Lunatic asylums in Bengal annual reports 1888-1898 - 1888-1898
Year: 1888
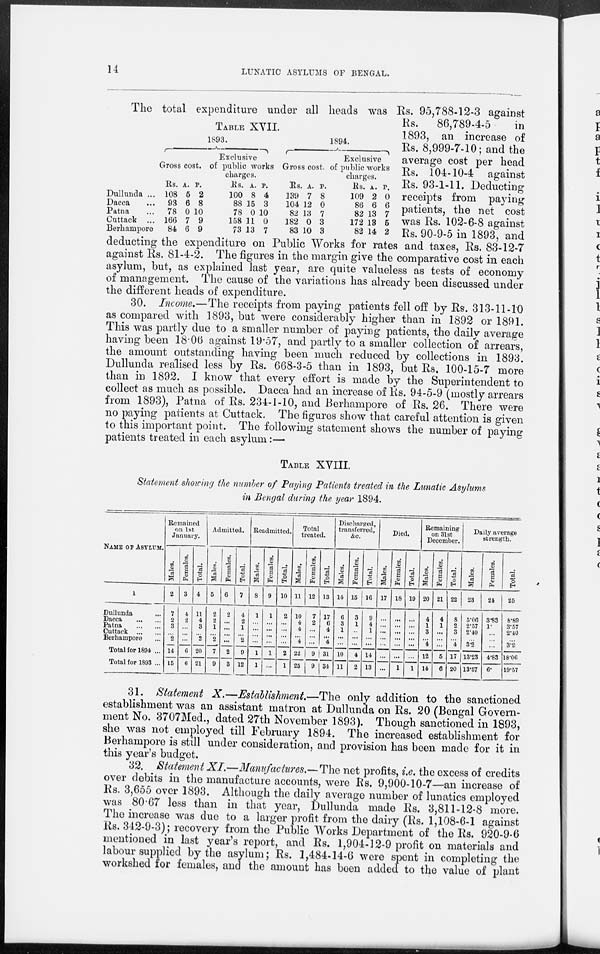
14
LUNATIC ASYLUMS OF BENGAL.
TABLE XVII.
Dullunda ...
Dacca ...
Patna ...
Cuttack ...
Berhampore
1893.
Gross cost.
Rs.
108
93
78
166
84
A.
5
6
0
7
6
P.
2
8
10
9
9
Exclusive
of public works
charges.
Rs.
100
88
78
158
73
A.
8
15
0
11
13
P.
4
3
10
0
7
1894.
Gross cost.
Rs.
139
104
82
182
83
A.
7
12
13
0
10
P.
8
0
7
3
3
Exclusive
of public works
charges.
Rs.
109
86
82
172
82
A.
2
6
13
13
14
P.
0
6
7
5
2
The total expenditure under all heads was Rs. 95,788-12-3 against
Rs.
86,789-4-5
in
1893, an increase of
Rs. 8,999-7-10; and the
average cost per head
Rs. 104-10-4 against
Rs. 93-1-11. Deducting
receipts from paying
patients, the net cost
was Rs. 102-6-8 against
Rs. 90-9-5 in 1893, and
deducting the expenditure on Public Works for rates and taxes, Rs. 83-12-7
against Rs. 81-4-2. The figures in the margin give the comparative cost in each
asylum, but, as explained last year, are quite valueless as tests of economy
of management. The cause of the variations has already been discussed under
the different heads of expenditure.
30. Income.—The receipts from paying patients fell off by Rs. 313-11-10
as compared with 1893, but were considerably higher than in 1892 or 1891.
This was partly due to a smaller number of paying patients, the daily average
having been 18.06 against 19.57, and partly to a smaller collection of arrears,
the amount outstanding having been much reduced by collections in 1893.
Dullunda realised less by Rs. 668-3-5 than in 1893, but Rs. 100-15-7 more
than in 1892. I know that every effort is made by the Superintendent to
collect as much as possible. Dacca had an increase of Rs. 94-5-9 (mostly arrears
from 1893), Patna of Rs. 234-1-10, and Berhampore of Rs. 26. There were
no paying patients at Cuttack. The figures show that careful attention is given
to this important point. The following statement shows the number of paying
patients treated in each asylum:—
TABLE XVIII.
Statement showing the number of Paying Patients treated in the Lunatic Asylums
in Bengal during the year 1894.
NAME OF ASYLUM.
1
Dullunda
...
Dacca
...
...
Patna
...
...
Cuttack
...
...
Berhampore ...
Total for 1894 ...
Total for 1893 ...
Remained
on 1st
January.
Males.
2
7
2
3
...
2
14
15
Females.
3
4
2
...
...
...
6
6
Total.
4
11
4
3
... 2
20
21
Admitted.
Males.
5
2
2
1
... 2
7
9
Females.
6
2
...
...
...
...
2
3
Total.
7
4
2
1
... 2
9
12
Readmitted.
Males.
8
1
...
...
...
...
1
1
Females.
9
1
...
...
...
...
1
...
Total.
10
2
...
...
...
...
2
1
Total
treated.
Males.
11
10
4
4
... 4
22
25
Females.
12
7
2
...
...
...
9
9
Total.
13
17
6
4
... 4
31
34
Discharged,
transferred,
&c.
Males.
14
6
3
1
...
...
10
11
Females.
15
3
1
...
...
...
4
2
Total.
16
9
4
1
...
...
14
13
Died.
Males.
17
...
...
...
...
...
...
...
Females.
18
...
...
...
...
...
...
1
Total.
19
...
...
...
...
...
...
1
Remaining
on 31st
December.
Males.
20
4
1
3
... 4
12
14
Females.
21
4
1
...
...
...
5
6
Total.
22
8
2
3
... 4
17
20
Daily average
strength.
Males.
23
5.06
2.57
2.40
... 3.2
13.23
13.57
Females.
24
3.83
1.
...
...
...
4.83
6.
Total.
25
8.89
3.57
2.40
... 3.2
18.06
19.57
31. Statement X.—Establishment.—The only addition to the sanctioned
establishment was an assistant matron at Dullunda on Rs. 20 (Bengal Govern-
ment No. 3707Med., dated 27th November 1893). Though sanctioned in 1893,
she was not employed till February 1894. The increased establishment for
Berhampore is still under consideration, and provision has been made for it in
this year's budget.
32. Statement XI.—Manufactures.—The net profits, i.e. the excess of credits
over debits in the manufacture accounts, were Rs. 9,900-10-7—an increase of
Rs. 3,655 over 1893. Although the daily average number of lunatics employed
was 80.67 less than in that year, Dullunda made Rs. 3,811-12-8 more.
The increase was due to a larger profit from the dairy (Rs. 1,108-6-1 against
Rs. 342-9-3); recovery from the Public Works Department of the Rs. 920-9-6
mentioned in last year's report, and Rs. 1,904-12-9 profit on materials and
labour supplied by the asylum; Rs. 1,484-14-6 were spent in completing the
workshed for females, and the amount has been added to the value of plant